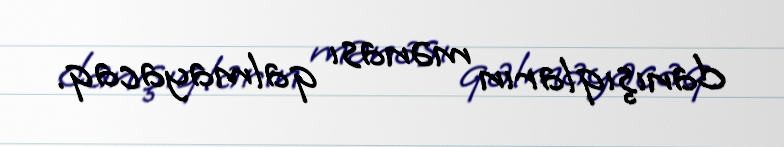
danışıqların mənası qalmayacaq.